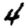
Digit: 4